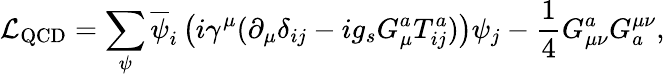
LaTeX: {\mathcal{L}}_{\mathrm{QCD}}=\sum_{\psi}{\overline{{\psi}}}_{i}\left(i\gamma^{\mu}(\partial_{\mu}\delta_{ij}-ig_{s}G_{\mu}^{a}T_{ij}^{a})\right)\psi_{j}-{\frac{1}{4}}G_{\mu\nu}^{a}G_{a}^{\mu\nu},